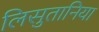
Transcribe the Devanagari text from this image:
लिसुतानिया